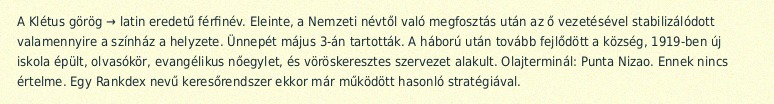
A Klétus görög → latin eredetű férfinév. Eleinte, a Nemzeti névtő‍l való megfosztás után az ő vezetésével stabilizálódott valamennyire a színház a helyzete. Ünnepét május 3-án tartották. A háború után tovább fejlődött a község, 1919-ben új iskola épült, olvasókör, evangélikus nőegylet, és vöröskeresztes szervezet alakult. Olajterminál: Punta Nizao. Ennek nincs értelme. Egy Rankdex nevű keresőrendszer ekkor már működött hasonló stratégiával.